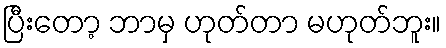
ပြီးတော့ ဘာမှ ဟုတ်တာ မဟုတ်ဘူး။